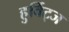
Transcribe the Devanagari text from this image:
हुर्विट्ज